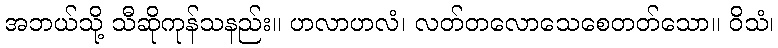
အဘယ်သို့ သီဆိုကုန်သနည်း။ ဟလာဟလံ၊ လတ်တလောသေစေတတ်သော။ ဝိသံ၊